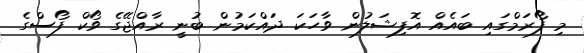
މި ފޯރަމްގައި ބައެއް އޮފިޝަލުން ވާހަކަ ދައްކަމުން ބުނީ ރާއްޖޭގެ ވޯކް ފޯސްގެ